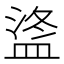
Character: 𪾒